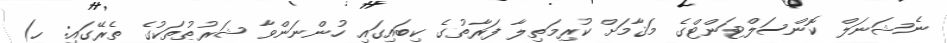
ނެޝަނަލް ކޮންސަލްޓަންޓްގެ މަޤާމަށް ކުރިމަތިލާ ފަރާތުގެ ކިބައިގައި ހުންނަންވާ ޝަރުޠުތަކުގެ ތެރޭގައި: ހ)